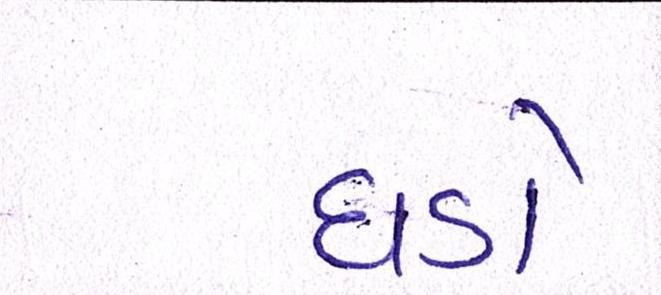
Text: ધડો